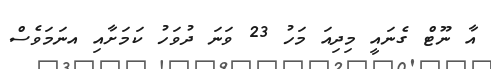
އާ ނޫޓް ގެނައީ މިދިއަ މަހު 23 ވަނަ ދުވަހު ކަމަށާއި އނަމަވެސް